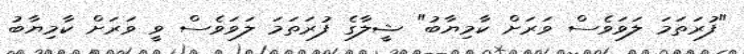
"ފުރަތަމަ ލަވަވެސް ވަރަށް ކާމިޔާބު" ޝީލާގެ ފުރަތަމަ ލަވަވެސް ވީ ވަރަށް ކާމިޔާބު